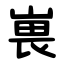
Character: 嵔